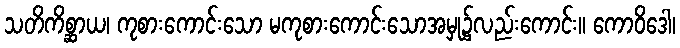
သတိကိစ္ဆာယ၊ ကုစားကောင်းသော မကုစားကောင်းသောအမှု၌လည်းကောင်း။ ကောဝိဒေါ၊